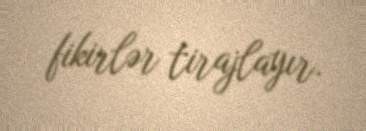
fikirlər tirajlayır.